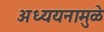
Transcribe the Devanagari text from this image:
अध्ययनामुळे